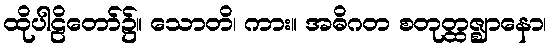
ထိုပါဠိတော်၌။ သောတိ၊ ကား။ အဓိဂတ စတုတ္ထဇ္ဈာနော၊